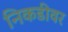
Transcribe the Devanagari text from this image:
निकडीवर